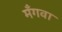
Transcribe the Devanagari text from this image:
मँगवा